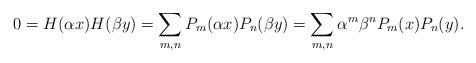
LaTeX: \begin{align*}0 = H(\alpha x)H(\beta y) = \sum_{m,n} P_m(\alpha x)P_n(\beta y)= \sum_{m,n} \alpha^m\beta^n P_m( x)P_n( y).\end{align*}